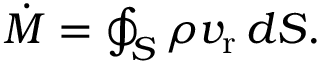
\begin{array} { r } { \dot { M } = \oint _ { S } \rho v _ { \mathrm { r } } \, d S . } \end{array}